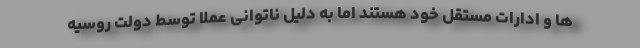
ها و ادارات مستقل خود هستند اما به دلیل ناتوانی عملا توسط دولت روسیه